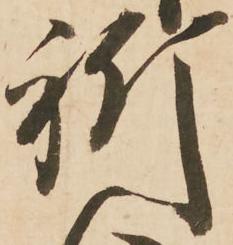
祈